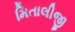
મિતાલીજી